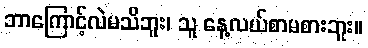
ဘာကြောင့်လဲမသိဘူး၊ သူ နေ့လယ်စာမစားဘူး။